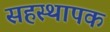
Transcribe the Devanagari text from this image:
सहस्थापक